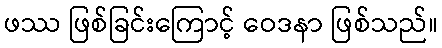
ဖဿ ဖြစ်ခြင်းကြောင့် ဝေဒနာ ဖြစ်သည်။